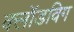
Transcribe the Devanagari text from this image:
क्लॉडविग